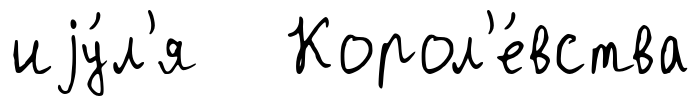
иjу́л'я Корол'е́вства